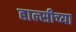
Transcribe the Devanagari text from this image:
हाल्सीच्या